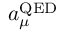
a _ { \mu } ^ { \mathrm { Q E D } }